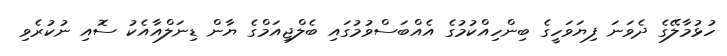
ހުޅުމާލޭގެ ދެވަނަ ފިޔަވަހީގެ ބިންހިއްކުމުގެ އެއްބަސްވުމުގައި ބެލްޖިއަމްގެ ޔާން ޑިނަލްއާއެކު ސޮއި ނުކުރެވި